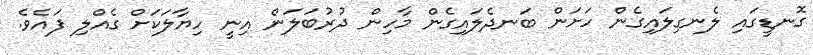
ގޮނޑީގައި ލެނގިލައިގެން ހަށަން ބަނދެލައިގެން މާހިން ދުރުބަލަން އިނީ ހިޔާލަކަށް ގެއްލި ފައެވެ.